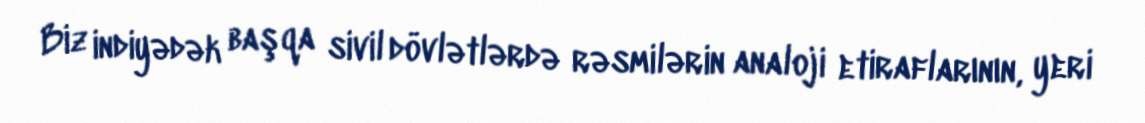
Biz indiyədək başqa sivil dövlətlərdə rəsmilərin analoji etiraflarının, yeri